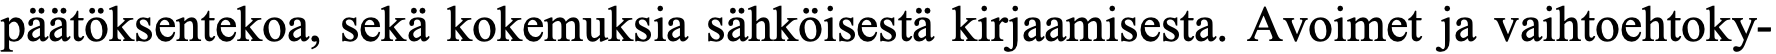
päätöksentekoa, sekä kokemuksia sähköisestä kirjaamisesta. Avoimet ja vaihtoehtoky-